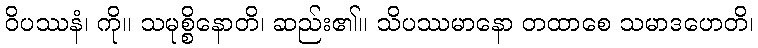
ဝိပဿနံ၊ ကို။ သမုစ္စိနောတိ၊ ဆည်း၏။ သိပဿမာနော တထာစေ သမာဒဟေတိ၊